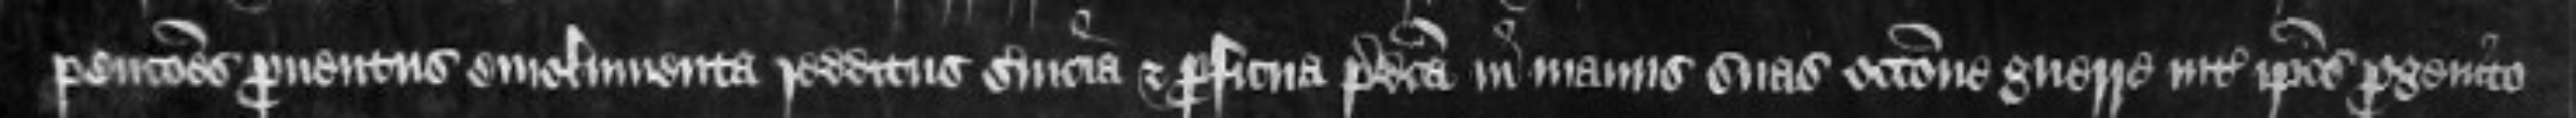
provenciones proventus emolumenta redditus servicia et proficua predicta in manus suas occasione guerre inter ipsos progenitores